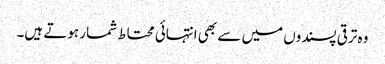
وہ ترقی پسندوں میں سے بھی انتہائی محتاط شمار ہوتے ہیں۔